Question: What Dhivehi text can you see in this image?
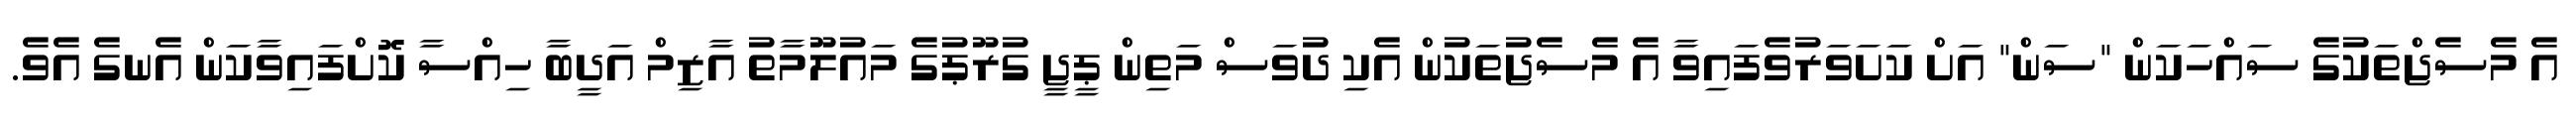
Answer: އެ މެސެޖްތަކުގެ ސައްހަކަން "ސަން" އަށް ކަށަވަރުވެފައިވާ އެ މެސެޖުތަކުން އެކި ދުވަސް މަތިން ޕީޖީ ގުރޫޕުގެ މައުލޫމާތު އާޒިމް އަދީބާ ހިއްސާ ކޮށްފައިވާކަން އެނގެ އެވެ.